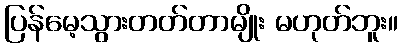
ပြန်မေ့သွားတတ်တာမျိုး မဟုတ်ဘူး။